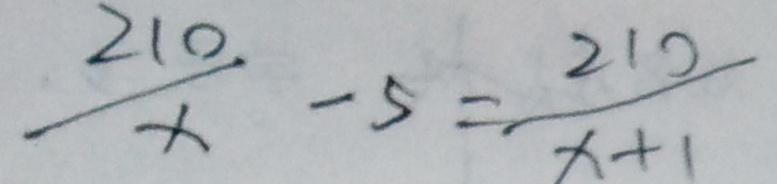
\frac { 2 1 0 } { x } - 5 = \frac { 2 1 0 } { x + 1 }